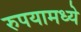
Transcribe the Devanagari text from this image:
रुपयामध्ये